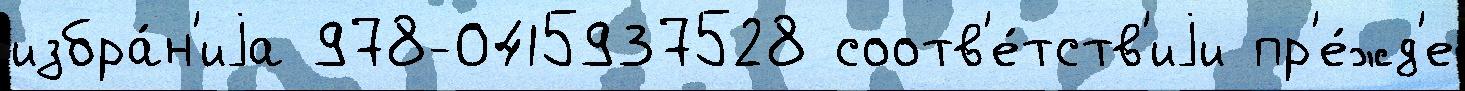
избра́н'иjа 978-0415937528 соотв'е́тств'иjи пр'е́жд'е